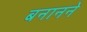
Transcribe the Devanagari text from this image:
बनानने